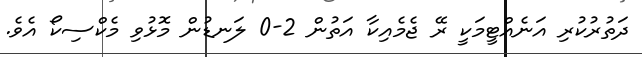
ދަތުރުކުރި އަނެއްޓީމަކީ ރޭ ޖެމެއިކާ އަތުން 2-0 ލަނޑުން މޮޅުވި މެކްސިކޯ އެވެ.